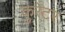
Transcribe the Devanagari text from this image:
कुरेटर